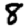
Digit: 8